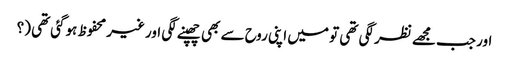
اور جب مجھے نظر لگی تھی تو میں اپنی روح سے بھی چھپنے لگی اور غیر محفوظ ہوگئی تھی (؟